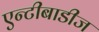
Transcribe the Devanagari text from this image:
एन्टीबाडीज